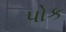
પોક